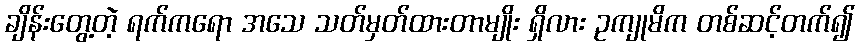
ချိန်းတွေ့တဲ့ ရက်ကရော အသေ သတ်မှတ်ထားတာမျိုး ရှိလား ဥကျုမိက တစ်ဆင့်တက်၍